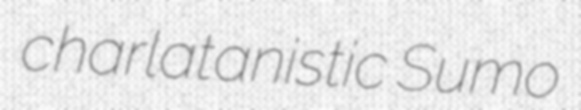
charlatanistic Sumo